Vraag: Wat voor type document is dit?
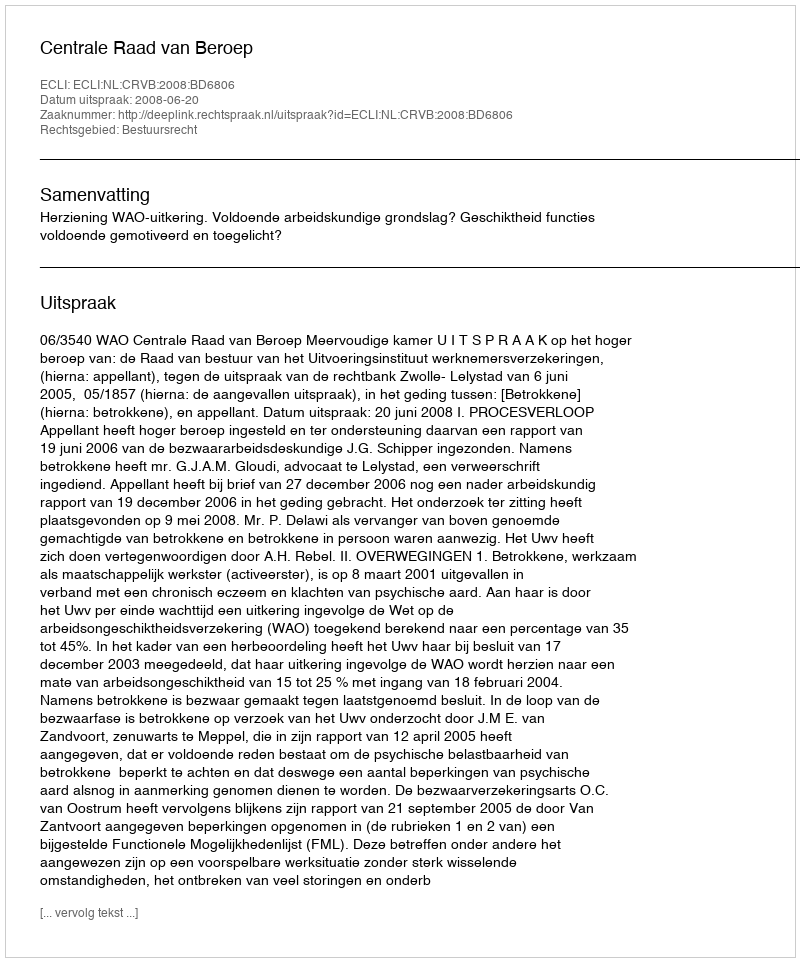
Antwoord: Uitspraak